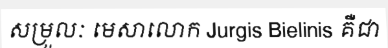
សម្រួលៈ មេសាលោក Jurgis Bielinis គឺជា